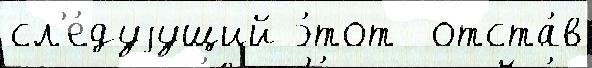
сл'е́дуjущий э́тот  отста́в